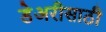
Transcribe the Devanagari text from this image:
डेअरीसाठी